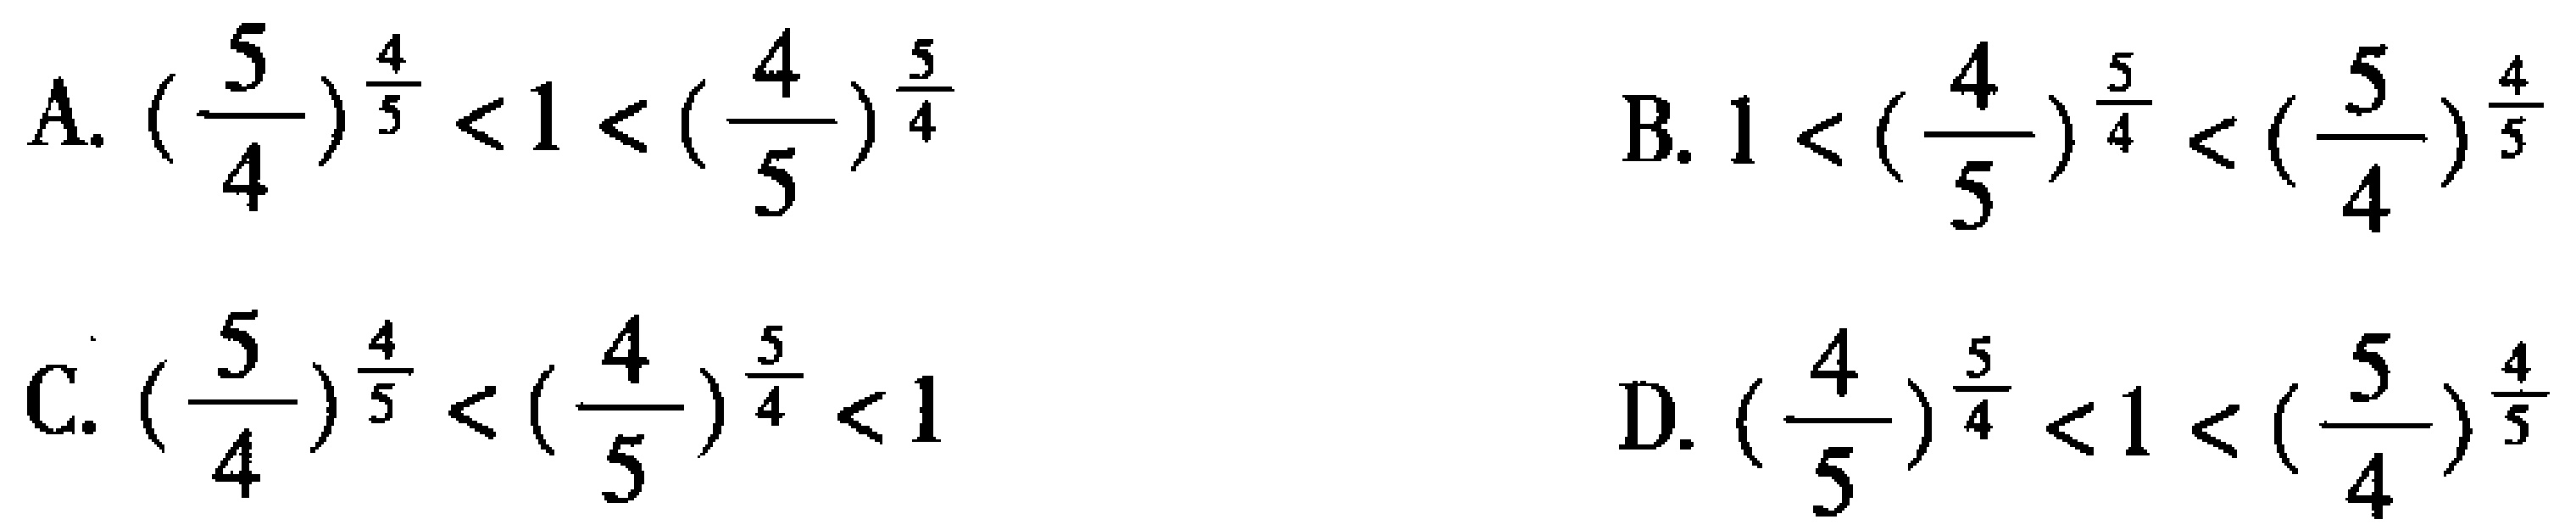
A. \((\frac{5}{4})^{\frac{4}{5}} < 1 < (\frac{4}{5})^{\frac{5}{4}}\)

B. \(1 < (\frac{4}{5})^{\frac{5}{4}} < (\frac{5}{4})^{\frac{4}{5}}\)

C. \((\frac{5}{4})^{\frac{4}{5}} < (\frac{4}{5})^{\frac{5}{4}} < 1\)

D. \((\frac{4}{5})^{\frac{5}{4}} < 1 < (\frac{5}{4})^{\frac{4}{5}}\)